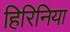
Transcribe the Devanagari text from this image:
हिरिनिया